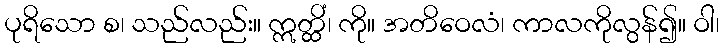
ပုရိသော စ၊ သည်လည်း။ ဣတ္ထိံ၊ ကို။ အတိဝေလံ၊ ကာလကိုလွန်၍။ ဝါ၊